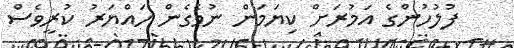
ފުލުހުންގެ އަމުރަށް ކިޔަމަން ނުވެގެން ހައްޔަރު ކުރީވެސް